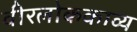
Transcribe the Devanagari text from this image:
वीरलोककाव्य